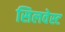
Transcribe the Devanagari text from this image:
सिलवेस्ट